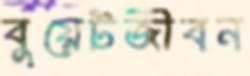
বুয়েটজীবন